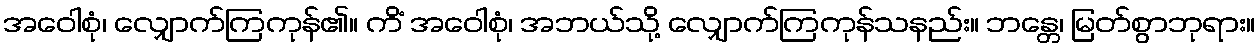
အဝေါစုံ၊ လျှောက်ကြကုန်၏။ ကိံ အဝေါစုံ၊ အဘယ်သို့ လျှောက်ကြကုန်သနည်း။ ဘန္တေ၊ မြတ်စွာဘုရား။